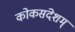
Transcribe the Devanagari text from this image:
कोकसंदेशम्